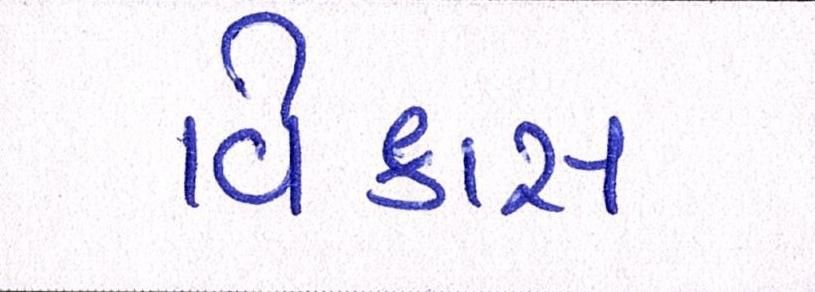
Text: વિકાસ